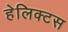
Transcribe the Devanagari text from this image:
हेलिक्टस